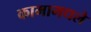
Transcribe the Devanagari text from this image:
कामामधले